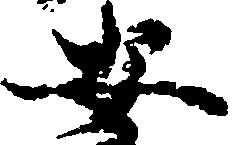
安